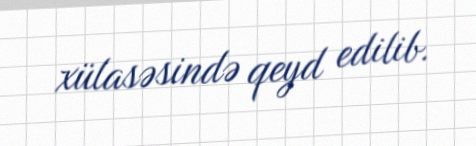
xülasəsində qeyd edilib.